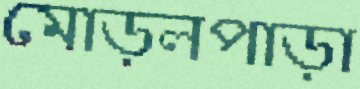
মোড়লপাড়া